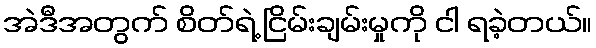
အဲဒီအတွက် စိတ်ရဲ့ ငြိမ်းချမ်းမှုကို ငါ ရခဲ့တယ်။